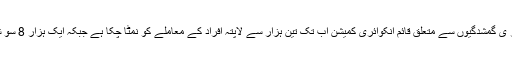
عدالت کو یہ بھی بتایا گیا کہ جبر ی گمشدگیوں سے متعلق قائم انکوائری کمیشن اب تک تین ہزار سے لاپتہ افراد کے معاملے کو نمٹا چکا ہے جبکہ ایک ہزار 8 سو شکایات کمیشن میں زیر التوا ہیں۔